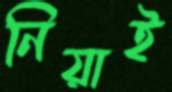
নিয়াই